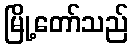
မြို့တော်သည်